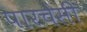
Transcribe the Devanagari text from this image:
पारचेसी